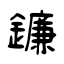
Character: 鐮